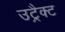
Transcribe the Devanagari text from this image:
उट्रैक्ट